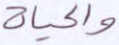
والحياة